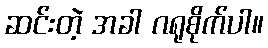
ဆင်းတဲ့ အခါ ဂရုစိုက်ပါ။